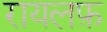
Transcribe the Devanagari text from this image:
रायलफ़